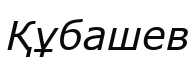
Құбашев